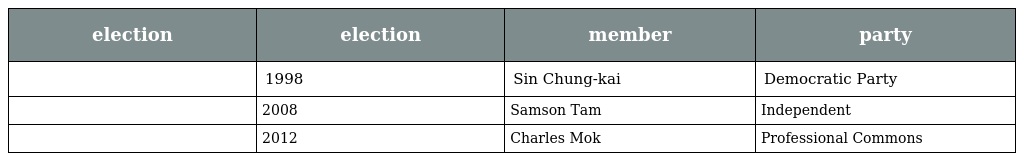
| election | election | member | party |
 | --- | --- | --- | --- |
 |  | 1998 | Sin Chung-kai | Democratic Party |
 |  | 2008 | Samson Tam | Independent |
 |  | 2012 | Charles Mok | Professional Commons |